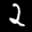
Label: 2